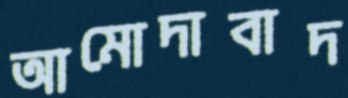
আমোদাবাদ